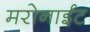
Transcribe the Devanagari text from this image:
मरोनाईट